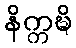
နိက္ကဍ္ဎိ